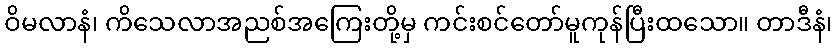
ဝိမလာနံ၊ ကိသေလာအညစ်အကြေးတို့မှ ကင်းစင်တော်မူကုန်ပြီးထသော။ တာဒီနံ၊